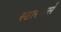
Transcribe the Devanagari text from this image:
स्टारवार्स